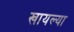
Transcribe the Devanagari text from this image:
खायल्या